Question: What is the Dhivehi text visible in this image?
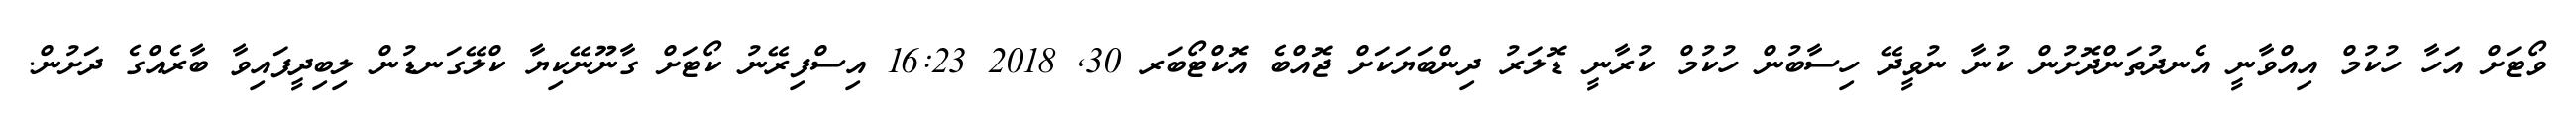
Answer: ވޯޓަށް އަހާ ހުކުމް އިއްވާނީ އެނދުތަންދޮށުން ކުނާ ނުވީދޭ ހިސާބުން ހުކުމް ކުރާނީ ޑޮލަރު ދިންބަޔަކަށް ޖޮއްބެ އޮކްޓޯބަރ 30, 2018 16:23 އިސްފިރޭނު ކޯޓަށް ގާނޫނޭކިޔާ ކްލޭގަނޑުން ލިބިދީފައިވާ ބާރެއްގެ ދަށުން.